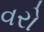
વરો